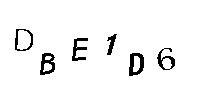
DBE1D6